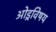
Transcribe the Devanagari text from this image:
ओड्रविषय